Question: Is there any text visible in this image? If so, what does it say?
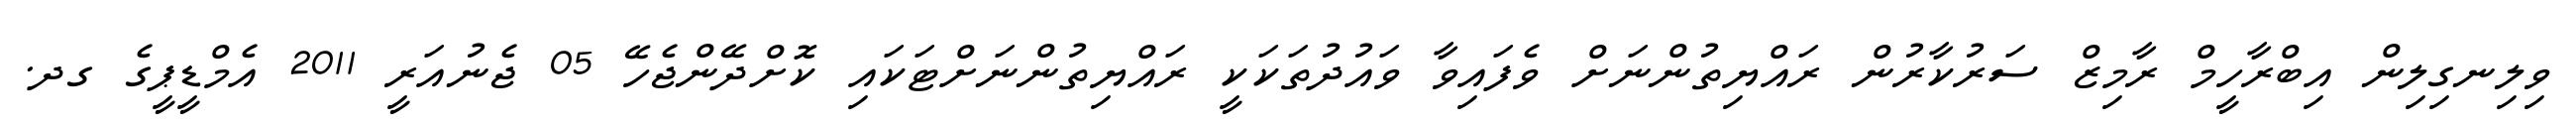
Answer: ވިލިނގިލިން އިބްރާހީމް ރާމިޒް ސަރުކާރުން ރައްޔިތުންނަށް ވެފައިވާ ވައުދުތަކަކީ ރައްޔިތުންނަށްޓަކައި ކޮށްދޭންޖެހޭ 05 ޖެނުއަރީ 2011 އެމްޑީޕީގެ ގދ.